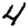
Digit: 4